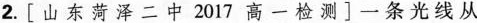
2.[山东菏泽二中2017高一检测]一条光线从